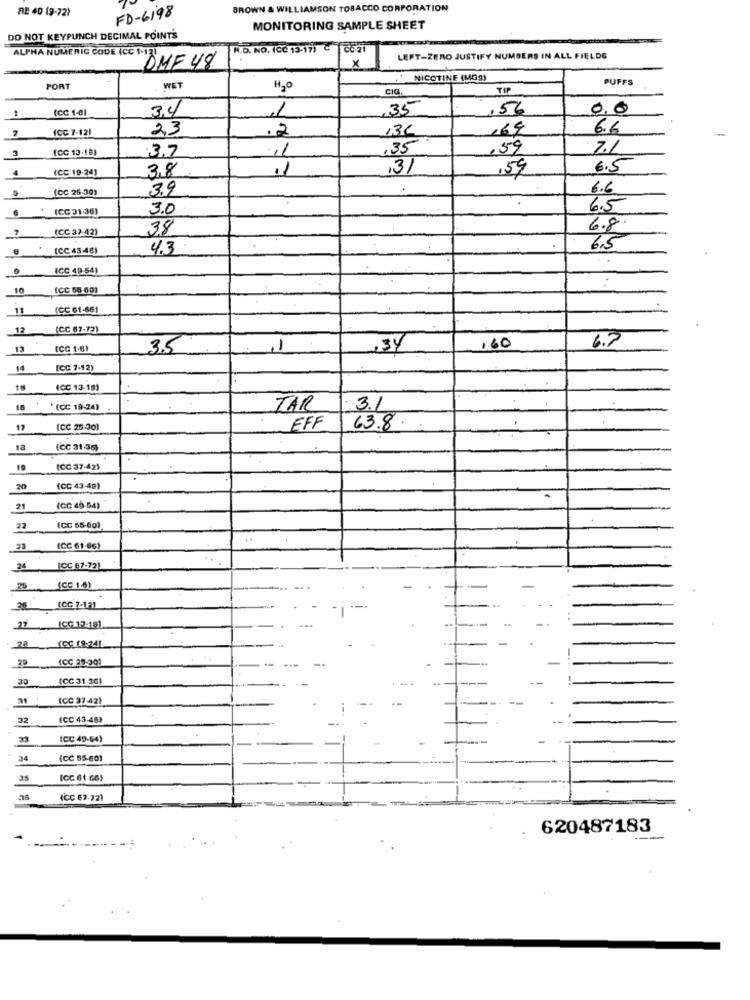
RE 40 (9-72)
BROWN & WILLIAMSON TOBACCO CORPORATION
FD-6198
MONITORING SAMPLE SHEET
DO NOT KEYPUNCH DECIMAL POINT'S
R.D. NO. (CC 13-17) C
ALPHA NUMERIC CODE (CC 1'13)
X
LEFT-ZERO JUSTIFY NUMBERS IN ALL FIELDS
DMF 48
NICOTINE (MOS)
PUFFS
POR
WET
H2O
CIG
TIP
1
[CC 1-01
3.4
35
,56
0.0
1
2
ICC 7-121
23
13C
169
6.6
.2
3
(CC 13-18)
.3.7
.35
,59
4
(CC 19-24)
3,8
.1
,31
,59
6.5
(CC 25-30)
3.9
6.6
6
(CC 31-36)
3.0
6.5
7
(CC 37-42)
38
6.8.
(CC 43-48)
4.3
6.5
ICC 49-54)
10
(CC 56-60)
11
(CC 61-661
12
(CC 67-72)
6.7
13
ICC 1-6)
3.5
11
37
160
14
(CC 7-12)
18
(CC 13-18)
10
"(CC 19-24)
TAR
3.1
17
(CC 25-30)
EFF
63.8
18
(CC 31-36)
(CC 37-42)
20
(CC 43-48)
21
(CC 45-64)
22
(CC 55-60)
23
(CC 61-66)
ICC 67-72)
25 (CC 10)
(CC 1.6)
(CC 7-121
27 1CG 12-101
..
22 (CC 19-24)
ICC 25-301
30
[CC 31.30)
(CC 37 42)
32
ICC 43-481
33
ICC 40-54)
34
(CC 55-601
38
(CC 61-66)
(CC 67-721
620487183